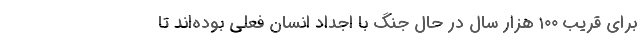
برای قریب ۱۰۰ هزار سال در حال جنگ با اجداد انسان فعلی بوده‌اند تا